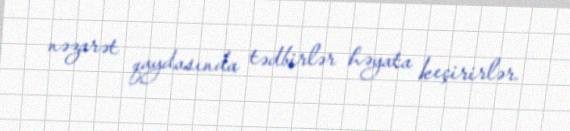
nəzarət qaydasında tədbirlər həyata keçirirlər.